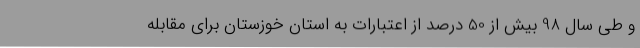
و طی سال 98 بیش از 50 درصد از اعتبارات به استان خوزستان برای مقابله